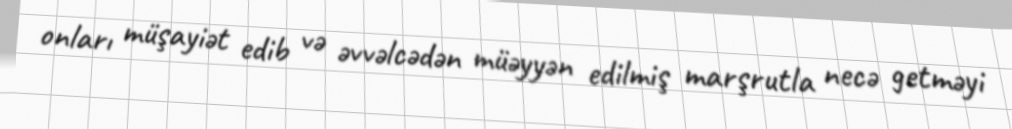
onları müşayiət edib və əvvəlcədən müəyyən edilmiş marşrutla necə getməyi